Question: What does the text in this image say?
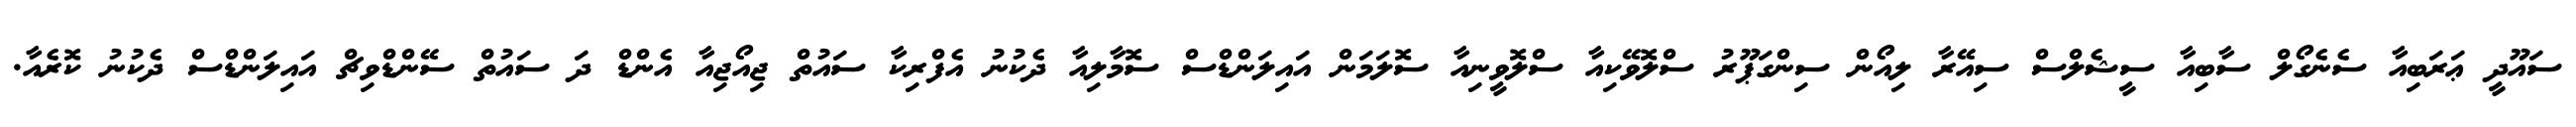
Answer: ސައޫދީ ޢަރަބިއާ ސެނެގޯލް ސާބިއާ ސީޝެލްސް ސިއޭރާ ލިއޯން ސިންގަޕޫރު ސްލޮވޭކިއާ ސްލޮވީނިއާ ސޮލަމަން އައިލަންޑްސް ސޮމާލިއާ ދެކުނު އެފްރިކާ ސައުތް ޖިއޯޖިއާ އެންޑް ދަ ސައުތް ސޭންޑްވިޗް އައިލަންޑްސް ދެކުނު ކޮރެއާ.